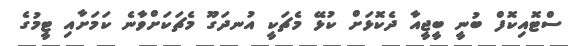
ސްޓޮއިކޮފް ބުނީ ބީޖީއާ ދެކޮޅަށް ކުޅޭ މެޗަކީ އުނދަގޫ މެޗަކަށްވާނެ ކަމަށާއި ޓީމުގެ